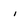
Character: i